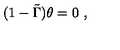
( 1 - \tilde { \Gamma } ) \theta = 0 \ ,